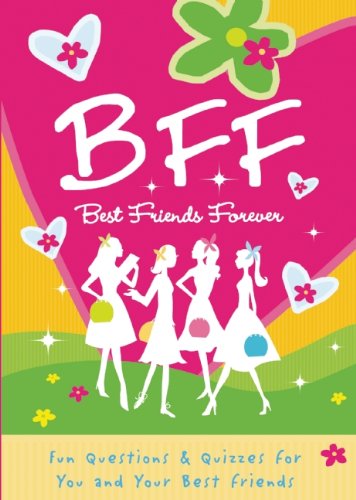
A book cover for B.F.F. Best Friends Forever: Quizzes for You and Your Friends; Isabel B. Lluch; Teen & Young Adult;